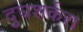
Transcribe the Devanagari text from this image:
दुघशर्करा